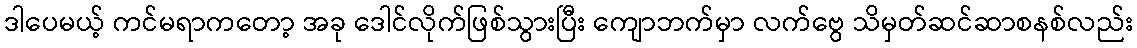
ဒါပေမယ့် ကင်မရာကတော့ အခု ဒေါင်လိုက်ဖြစ်သွားပြီး ကျောဘက်မှာ လက်ဗွေ သိမှတ်ဆင်ဆာစနစ်လည်း